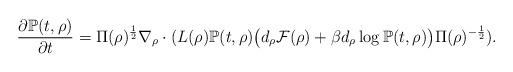
LaTeX: \begin{align*}\frac{\partial \mathbb{P}(t,\rho)}{\partial t}=\Pi(\rho)^{\frac{1}{2}}\nabla_\rho\cdot(L(\rho)\mathbb{P}(t,\rho)\big(d_\rho\mathcal{F}(\rho)+ \beta d_\rho\log\mathbb{P}(t,\rho)\big) \Pi(\rho)^{-\frac{1}{2}}).\end{align*}